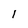
Character: l